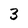
Character: 3